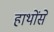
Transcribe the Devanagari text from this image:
हाथोंसे